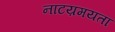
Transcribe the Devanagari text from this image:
नाटय़मयता